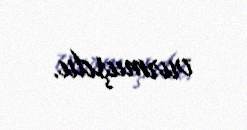
vurmuşdu.